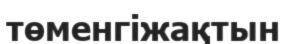
төменгіжақтын